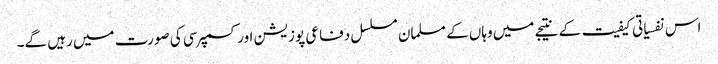
اس نفسیاتی کیفیت کے نتیجے میں وہاں کے مسلمان مسلسل دفاعی پوزیشن اور کسمپرسی کی صورت میں رہیں گے۔